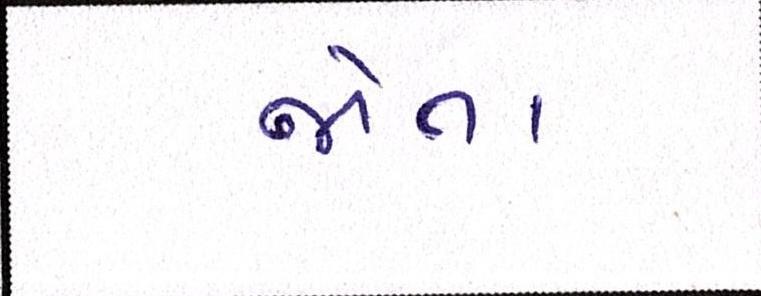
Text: જોતા